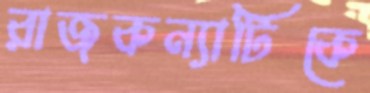
রাজকন্যাটিকে